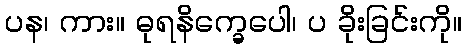
ပန၊ ကား။ ဓုရနိက္ခေပေါ၊ ပ ခိုးခြင်းကို။